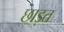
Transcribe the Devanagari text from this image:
छाड़त